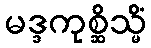
မဒ္ဒကုစ္ဆိသ္မိံ